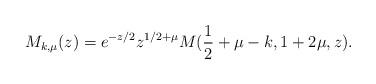
LaTeX: \begin{align*}M_{k,\mu }(z)=e^{-z/2}z^{1/2+\mu }M(\frac{1}{2}+\mu -k,1+2\mu ,z).\end{align*}